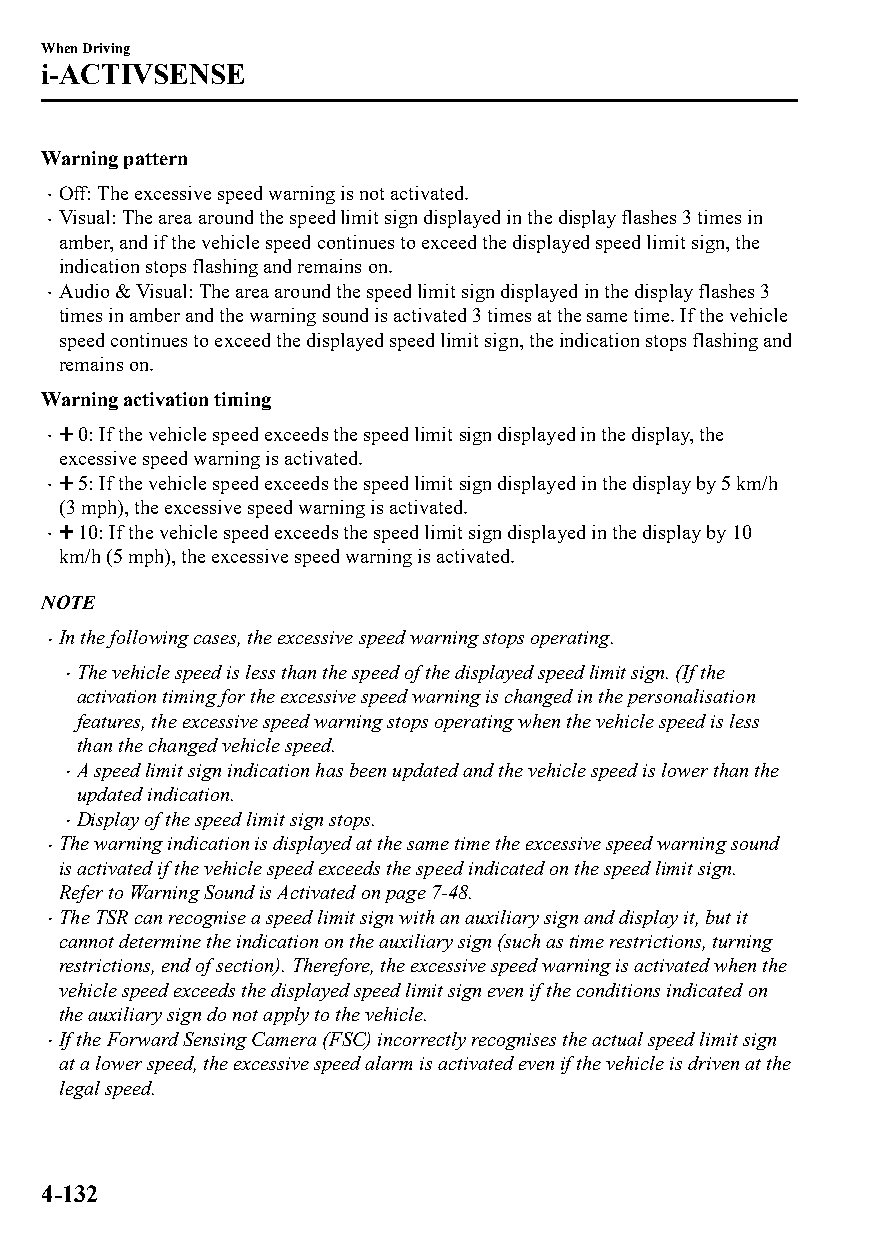
When Driving
 i-ACTIVSENSE
 Warning pattern
 Off: The excessive speed warning is not activated.
 
 Visual: The area around the speed limit sign displayed in the display flashes 3 times in
 
 amber, and if the vehicle speed continues to exceed the displayed speed limit sign, the
 indication stops flashing and remains on.
 Audio & Visual: The area around the speed limit sign displayed in the display flashes 3
 
 times in amber and the warning sound is activated 3 times at the same time. If the vehicle
 speed continues to exceed the displayed speed limit sign, the indication stops flashing and
 remains on.
 Warning activation timing
 0: If the vehicle speed exceeds the speed limit sign displayed in the display, the
 
 excessive speed warning is activated.
 5: If the vehicle speed exceeds the speed limit sign displayed in the display by 5 km/h
 
 (3 mph), the excessive speed warning is activated.
 10: If the vehicle speed exceeds the speed limit sign displayed in the display by 10
 
 km/h (5 mph), the excessive speed warning is activated.
 NOTE
 In the following cases, the excessive speed warning stops operating.
 
 The vehicle speed is less than the speed of the displayed speed limit sign. (If the
 
 activation timing for the excessive speed warning is changed in the personalisation
 features, the excessive speed warning stops operating when the vehicle speed is less
 than the changed vehicle speed.
 A speed limit sign indication has been updated and the vehicle speed is lower than the
 
 updated indication.
 Display of the speed limit sign stops.
 
 The warning indication is displayed at the same time the excessive speed warning sound
 
 is activated if the vehicle speed exceeds the speed indicated on the speed limit sign.
 Refer to Warning Sound is Activated on page 7-48.
 The TSR can recognise a speed limit sign with an auxiliary sign and display it, but it
 
 cannot determine the indication on the auxiliary sign (such as time restrictions, turning
 restrictions, end of section). Therefore, the excessive speed warning is activated when the
 vehicle speed exceeds the displayed speed limit sign even if the conditions indicated on
 the auxiliary sign do not apply to the vehicle.
 If the Forward Sensing Camera (FSC) incorrectly recognises the actual speed limit sign
 
 at a lower speed, the excessive speed alarm is activated even if the vehicle is driven at the
 legal speed.
 4-132
 CX-3_8GT4-EE-18D_Edition4                  2018-9-6 18:32:19